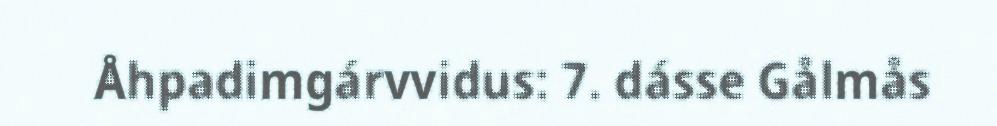
Åhpadimgárvvidus: 7. dásse Gålmås